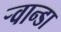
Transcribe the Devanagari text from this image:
ऱ्वान्डा